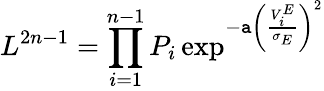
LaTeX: L^{2n-1}=\prod_{i=1}^{n-1}P_{i}\exp^{-\mathtt{a}\left(\frac{{V_{i}^{E}}}{{\sigma_{E}}}\right)^{2}}